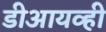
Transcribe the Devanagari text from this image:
डीआयव्ही